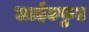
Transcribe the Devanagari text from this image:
लाईटफुट